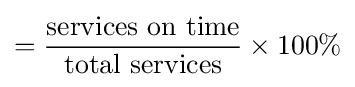
={\frac {\text{services on time}}{\text{total services}}}\times 100\%